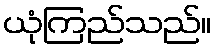
ယုံကြည်သည်။